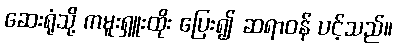
ဆေးရုံသို့ ကမူးရှူးထိုး ပြေး၍ ဆရာဝန် ပင့်သည်။